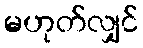
မဟုတ်လျှင်